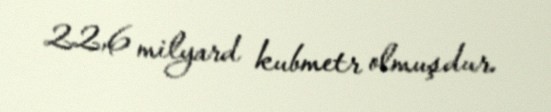
22,6 milyard kubmetr olmuşdur.